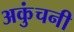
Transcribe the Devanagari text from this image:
अकुंचनी